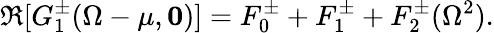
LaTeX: \Re[G_{1}^{\pm}(\Omega-\mu,{\mathbf 0})]=F_{0}^{\pm}+F_{1}^{\pm}+F_{2}^{\pm}(\Omega^{2}).